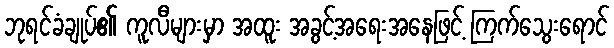
ဘုရင်ခံချုပ်၏ ကူလီများမှာ အထူး အခွင့်အရေးအနေဖြင့် ကြက်သွေးရောင်